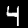
Label: 4